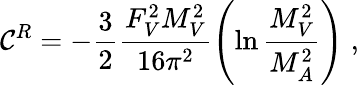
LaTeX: \mathcal{C}^{R}=-\frac{{3}}{{2}}\frac{{F_{V}^{2}M_{V}^{2}}}{{16\pi^{2}}}\left(\ln\frac{{M_{V}^{2}}}{{M_{A}^{2}}}\right)\; ,